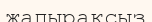
жапырақсыз